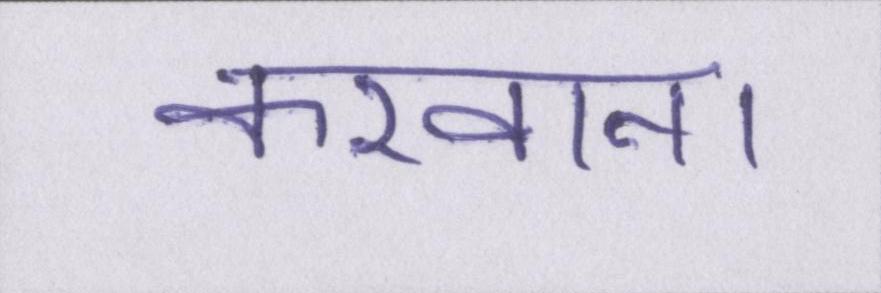
करवाना